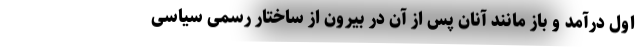
اول درآمد و باز مانند آنان پس از آن در بیرون از ساختار رسمی سیاسی